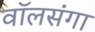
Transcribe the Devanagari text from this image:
वॉलसंगा